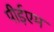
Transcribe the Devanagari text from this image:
पीईएम